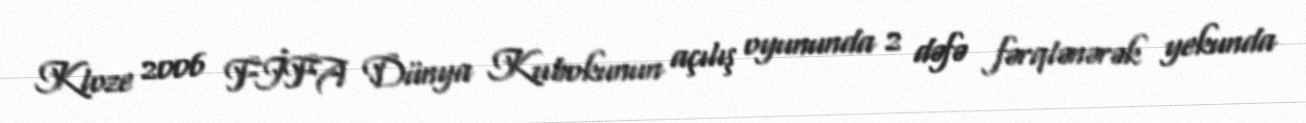
Kloze 2006 FİFA Dünya Kubokunun açılış oyununda 2 dəfə fərqlənərək yekunda